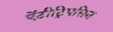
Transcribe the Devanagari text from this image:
ऐंटीट्रिपसिन